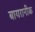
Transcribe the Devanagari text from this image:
बायरानीक